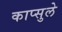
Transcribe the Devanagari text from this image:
काप्सुले